Civil Veterinary Dept. Assam report 1911-1927 - 1911-1927
Year: 1911
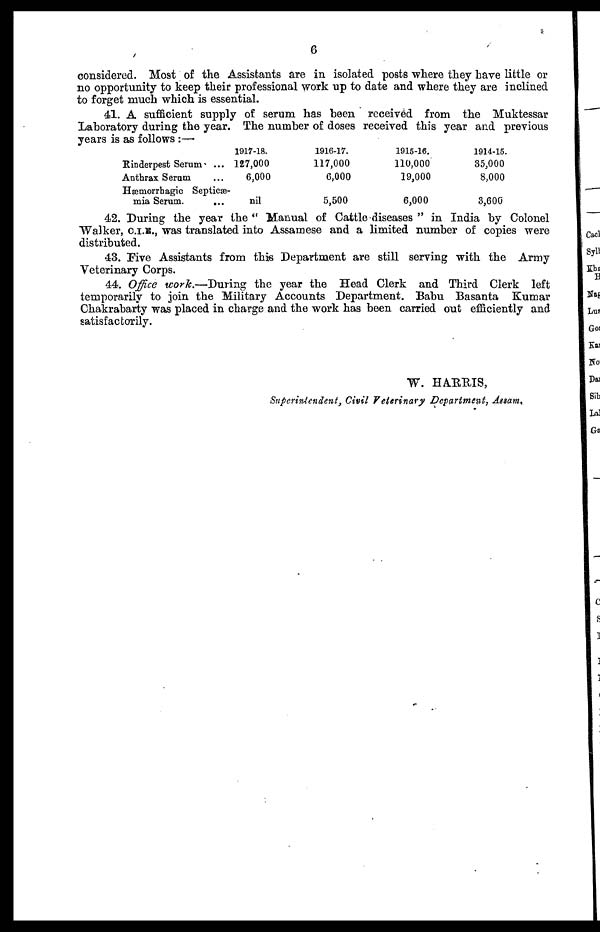
6
considered. Most of the Assistants are in isolated posts where they have little or
no opportunity to keep their professional work up to date and where they are inclined
to forget much which is essential.
41. A sufficient supply of serum has been received from the Muktessar
Laboratory during the year. The number of doses received this year and previous
years is as follows :-—
Rinderpest Serum' ...
Anthrax Serum ...
Hæmorrbagic Septicæ-
mia Serum.
...
1917-18.
127,000
6,000
nil
1916-17.
117,000
6,000
5,500
1915-16.
110,000
19,000
6,000
1914-15.
35,000
8,000
3,606
42. During the year the " Manual of Cattle diseases " in India by Colonel
Walker, C.I.B., was translated into Assamese and a limited number of copies were
distributed.
43. Five Assistants from this Department are still serving with the Army
Veterinary Corps.
44. Office work.—During the year the Head Clerk and Third Clerk left
temporarily to join the Military Accounts Department. Babu Basanta Kumar
Chakrabarty was placed in charge and the work has been carried out efficiently and
satisfactorily.
W. HARRIS,
Superintendent, Civil Veterinary Department, Assam,